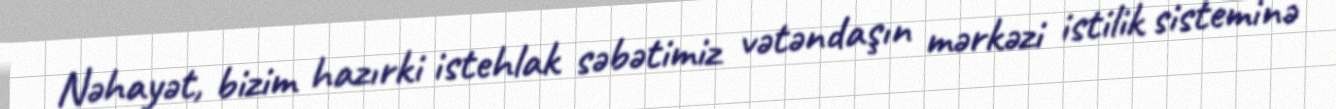
Nəhayət, bizim hazırki istehlak səbətimiz vətəndaşın mərkəzi istilik sisteminə